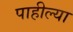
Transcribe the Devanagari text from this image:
पाहील्या